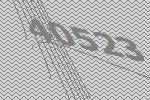
40523